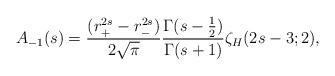
LaTeX: \begin{align*}A_{-1}(s)={(r_{+}^{2s}-r_{-}^{2s})\over 2\sqrt{\pi}}{\Gamma(s-{1\over 2})\over \Gamma(s+1)}\zeta_{H}(2s-3;2) ,\end{align*}